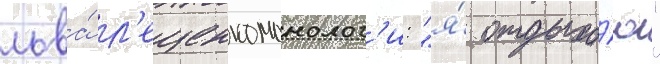
льва́ л'ещенкомонолог'и: "я́ отдыха́ю"